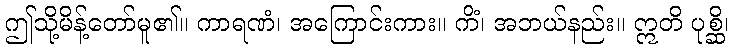
ဤသို့မိန့်တော်မူ၏။ ကာရဏံ၊ အကြောင်းကား။ ကိံ၊ အဘယ်နည်း။ ဣတိ ပုစ္ဆိ၊